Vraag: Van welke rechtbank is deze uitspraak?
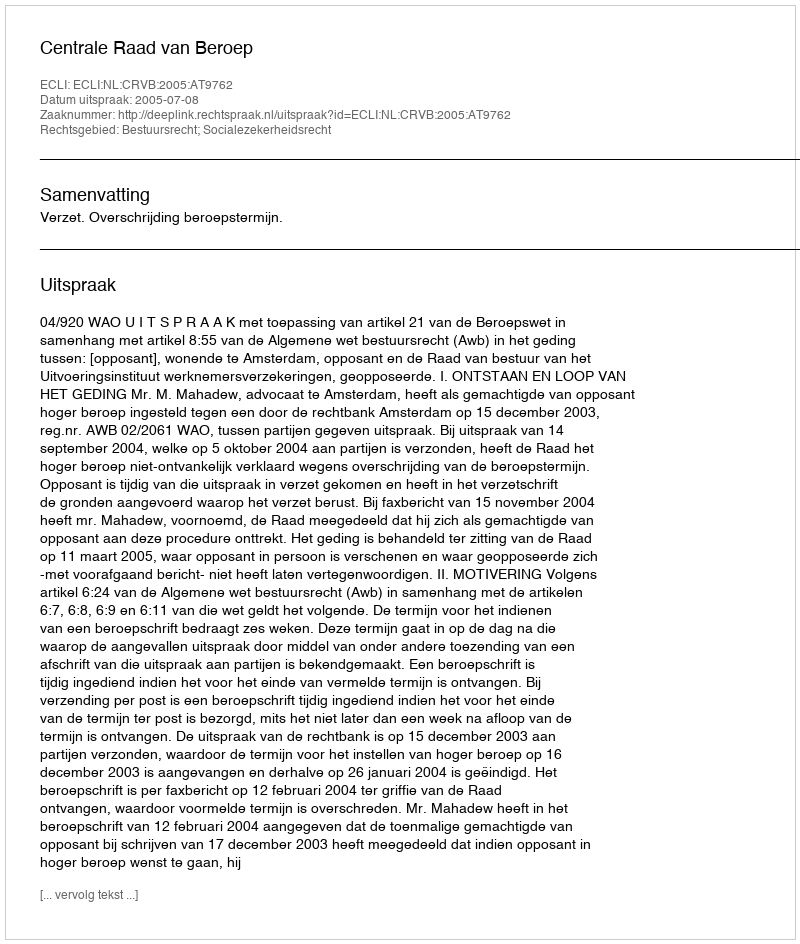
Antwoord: Centrale Raad van Beroep